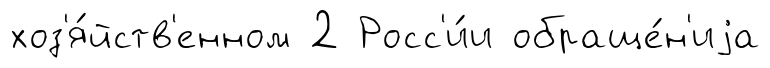
хоз'я́йств'енном 2 Росс'и́и обраще́н'иjа